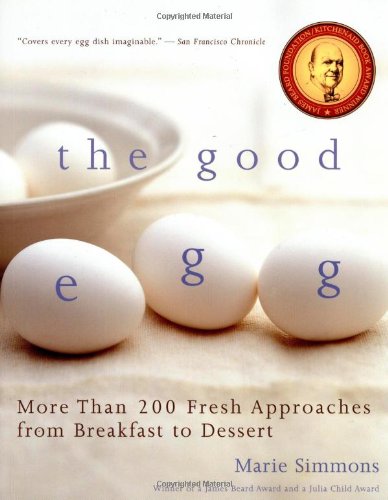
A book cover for The Good Egg: More than 200 Fresh Approaches from Breakfast to Dessert; Marie Simmons; Cookbooks, Food & Wine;